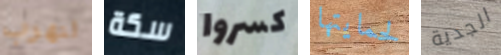
لنهرب سكة كسروا لحمايتها الجدية